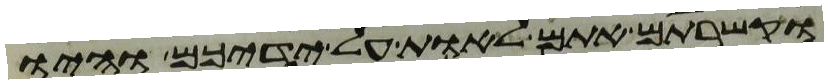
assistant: וקשרתם אתם לאות על ידיכם והיו